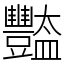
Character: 豓